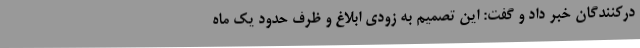
درکنندگان خبر داد و گفت: این تصمیم به زودی ابلاغ و ظرف حدود یک ماه